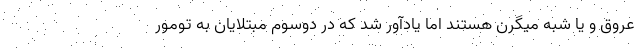
عروق و یا شبه میگرن هستند اما یادآور شد که در دوسوم مبتلایان به تومور